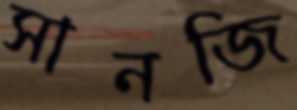
সানজি